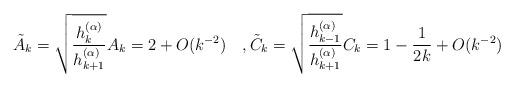
LaTeX: \begin{align*}\tilde A_k=\sqrt{\frac{h_{k}^{(\alpha)}}{h_{k+1}^{(\alpha)}}} A_k=2+O(k^{-2})\quad,\tilde C_k=\sqrt{\frac{h_{k-1}^{(\alpha)}}{h_{k+1}^{(\alpha)}}} C_k=1-\frac{1}{2k}+O(k^{-2})\end{align*}